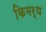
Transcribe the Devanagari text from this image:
किमर्थ